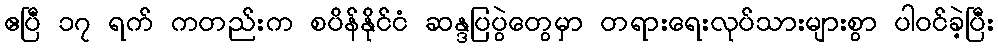
ဧပြီ ၁၇ ရက် ကတည်းက စပိန်နိုင်ငံ ဆန္ဒပြပွဲတွေမှာ တရားရေးလုပ်သားများစွာ ပါဝင်ခဲ့ပြီး